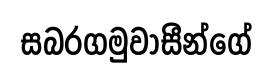
සබරගමුවාසීන්ගේ